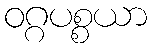
ဝဂ္ဂပစ္စယာ